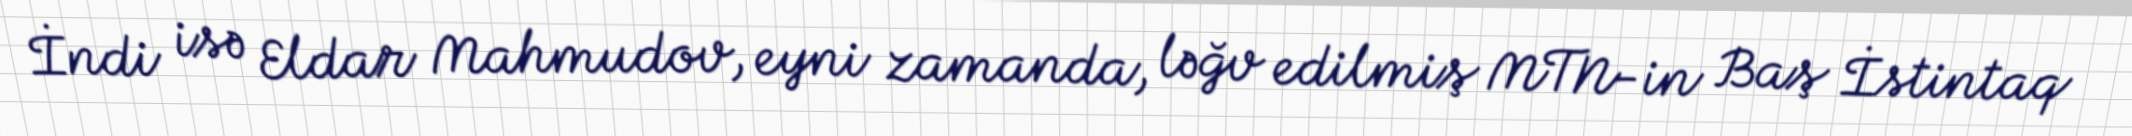
İndi isə Eldar Mahmudov, eyni zamanda, ləğv edilmiş MTN-in Baş İstintaq